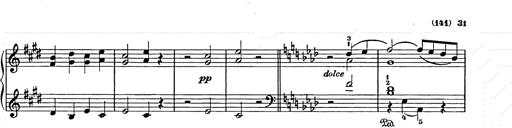
Title: Weihnachtsbaum
Composer: Franz Liszt